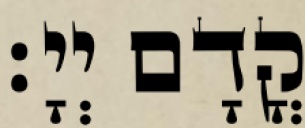
קֳדָם יְיָ׃